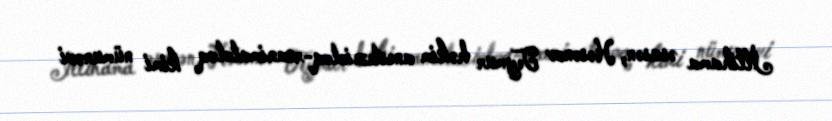
İttihama əsasən, Həsənov Teymur həkim anestezioloq-reanimatoloq kimi nümunəvi